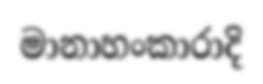
මානාහංකාරාදි